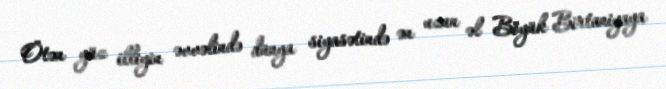
Ötən yüz illiyin əvvəlində dünya siyasətində ən uzun əl Böyük Birtaniyaya